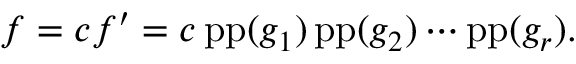
f = c f ^ { \prime } = c \operatorname { p p } ( g _ { 1 } ) \operatorname { p p } ( g _ { 2 } ) \cdots \operatorname { p p } ( g _ { r } ) .